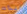
الذات